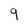
Character: q